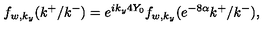
f _ { w , k _ { y } } ( k ^ { + } / k ^ { - } ) = e ^ { i k _ { y } 4 Y _ { 0 } } f _ { w , k _ { y } } ( e ^ { - 8 \alpha } k ^ { + } / k ^ { - } ) ,